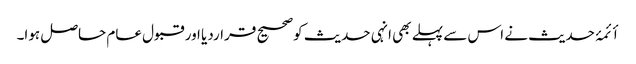
أئمۂ حدیث نے اس سے پہلے بھی انہی حدیث کوصحیح قراردیا اور قبول عام حاصل ہوا۔